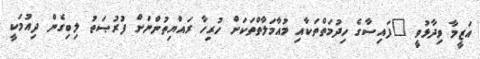
އަޒީމާ ވިދާޅުވީ "ފައިސާގެ ހިދުމަތްތަކާއި މުއާމަލާތްތަކަށް ހުރިހާ ރައްޔިތުންނަށް ފުރުޞަތު ލިބިގެން ދިއުމަކީ